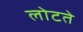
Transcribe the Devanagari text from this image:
लोटते